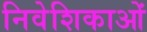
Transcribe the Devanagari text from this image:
निवेशिकाओं